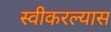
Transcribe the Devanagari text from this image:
स्वीकरल्यास